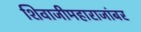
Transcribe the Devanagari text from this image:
शिवाजीमहाराजांबर